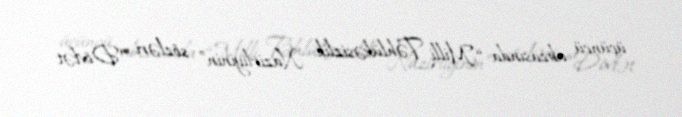
üçüncü abzasında “Milli Təhlükəsizlik Nazirliyinin” sözləri “Dövlət